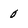
Character: 0